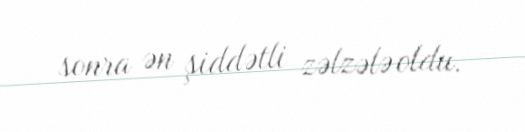
sonra ən şiddətli zəlzələ oldu.